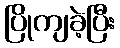
ပြိုကျခဲ့ပြီး